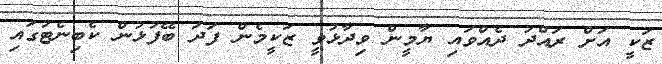
ޒަކީ އަށް ރައްދު ދެއްވައި ޔާމީން ވިދާޅުވީ ޒަކީމެން ފަދަ ބޭފުޅުން ކެބިނެޓުގައި